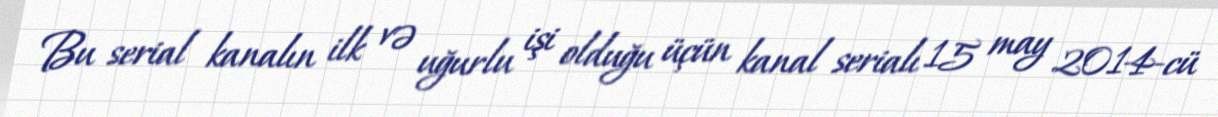
Bu serial kanalın ilk və uğurlu işi olduğu üçün kanal serialı 15 may 2014-cü